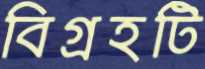
বিগ্রহটি